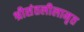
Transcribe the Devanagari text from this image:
श्रीसंतलीलामृत